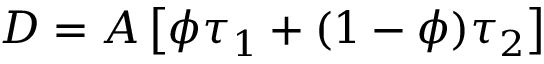
D = A \left[ \phi \tau _ { 1 } + ( 1 - \phi ) \tau _ { 2 } \right]